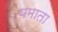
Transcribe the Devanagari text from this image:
यमाता